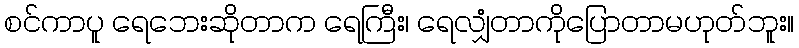
စင်ကာပူ ရေဘေးဆိုတာက ရေကြီး၊ ရေလျှံတာကိုပြောတာမဟုတ်ဘူး။